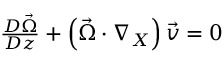
\begin{array} { r } { \frac { D \vec { \Omega } } { D z } + \left( \vec { \Omega } \cdot \nabla _ { X } \right) \vec { v } = 0 } \end{array}